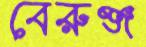
বেরুঞ্জ